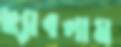
ছ্যাবলাম